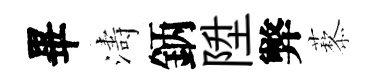
畢濤鈵陞弊藜